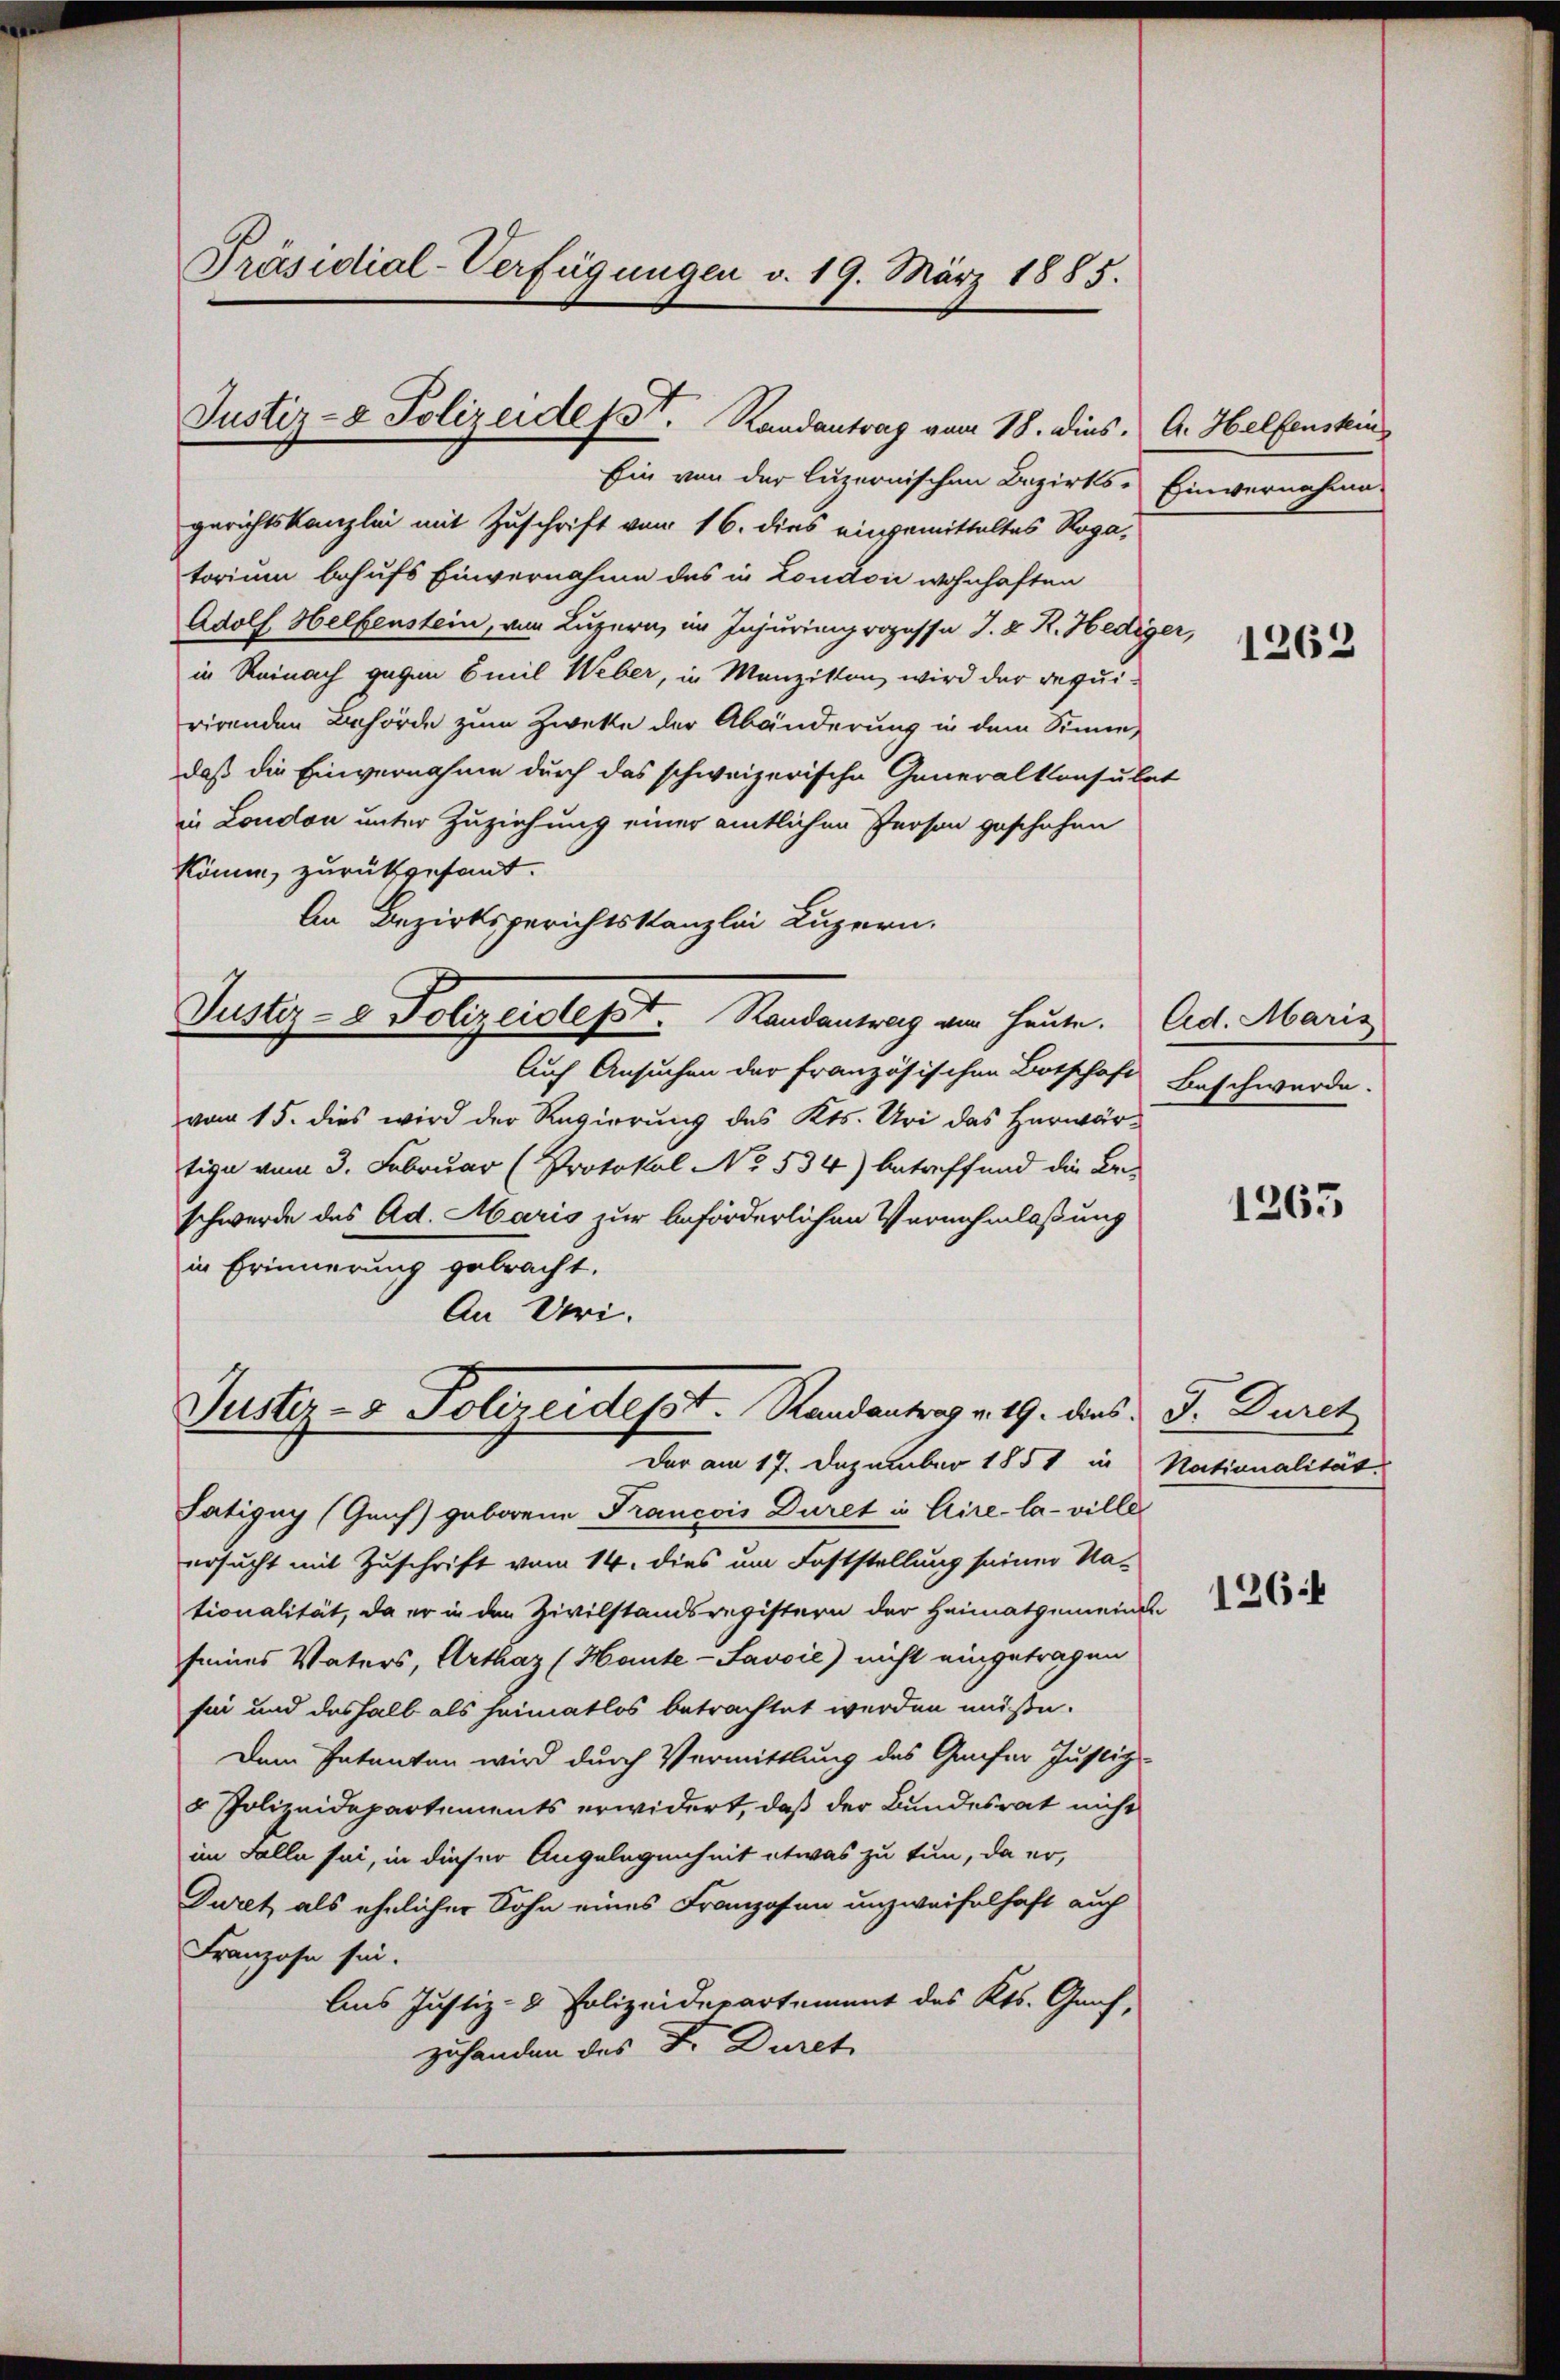
Präsidial-Verfügungen v. 19. März 1885.

Justiz- & Polizeidet. Randantrag vom 18. dies, A. Helfenskin

Justiz- & Polizeistest. Randantrag von heute. Ed. Marie

Ein von der luzernischen Bezirks-Einvernahme
gerichtskanzlei mit Zuschrift vom 16. dies eingemittaltes Roga,
torium behufs Einvernahme des in London wohnhaften
Adolf Helfenstein, von Luzern, im Injurimprozessa J. R. Hedig
in Reinach gegen Emil Weber, in Manzikon wird der requirirenden Behörde zum Zwecke der Abänderung in dem Sinne,
daß die Einvernahme durch das schweizerische Generalkonsula
in London unter Zuziehung einer amtlichen Person geschehen
könne, zurückgesandt.
An Bezirksgerichtskanzlei Luzern.
Auf Ansuchen der Französischen Botschaft
vom 15. dies wird der Regierung des Kts. Uri das Herwärtige vom 3. Februar (Protokol No 534) betreffend die Bei-
schwerde des Ad. Maris zur beförderlichen Vernehmlassung
in Erinnerung gebracht.
An Uri.
Justiz- & Polizeidesst. Randantrag v. 19. dies - Dr. Durch
Der am 17. Dezember 1858 in Nationalität.
Satigny (Genf) geborene Francois Duret in Cire-la-ville
ersucht mit Zuschrift vom 14. dies um Feststellung seiner Na-
tionalität, da er in den Zivilstandsregistern der Heimatgemeinde
seines Vaters, Arthaz (Hante-Javoie) nicht eingetragen
see und deshalb als heimatlos betrachtet werden müße.
Dem Patenten wird durch Vermittlung des Grafer Justiz-
u Polizeidepartements erwidert, daß der Bundesrat nicht
im Falle sei, in dieser Angelegenheit etwas zu tun, da er,
Duret, als ehelicher Sohn eines Franzosen unzweifelhaft auch
Franzose sein.
Aus Justiz- & Polizeidepartement des Kts. Graf,
zuhanden des Dr. Durch

er

1262

Beschwerde.

1265

126: